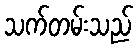
သက်တမ်းသည်